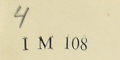
4I M 108